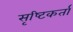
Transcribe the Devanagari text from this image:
सृष्‍टिकर्ता